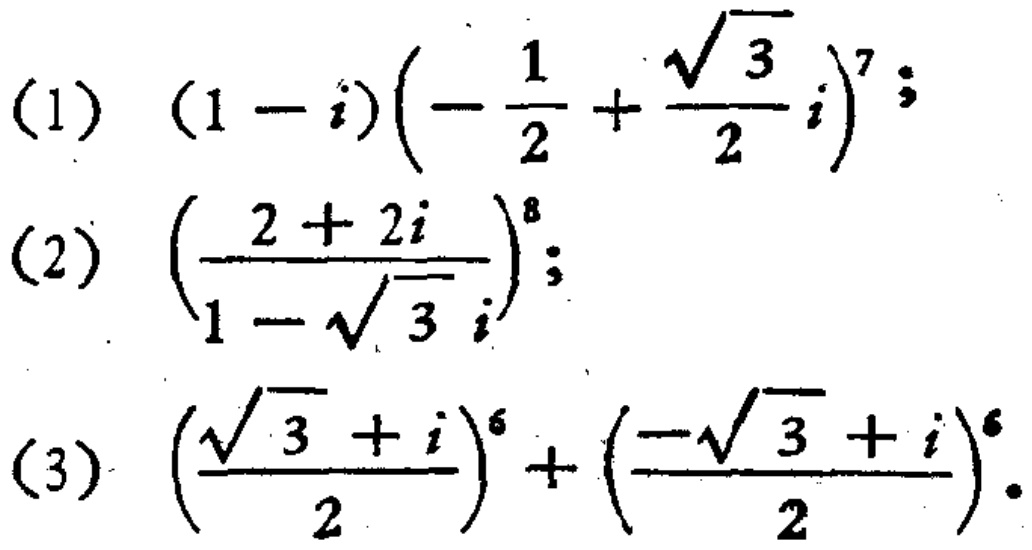
(1) \((1 - i)\left(-\frac{1}{2}+\frac{\sqrt{3}}{2}i\right)^{7}\);
(2) \(\left(\frac{2 + 2i}{1-\sqrt{3}i}\right)^{8}\);
(3) \(\left(\frac{\sqrt{3}+i}{2}\right)^{6}+\left(\frac{-\sqrt{3}+i}{2}\right)^{6}\).